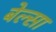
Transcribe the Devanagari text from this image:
बेल्सा